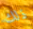
ذلك